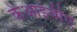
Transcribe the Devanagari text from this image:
केआईवीए